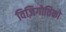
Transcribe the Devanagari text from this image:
विज़िगोतिको